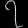
Digit: ၇